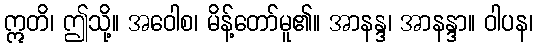
ဣတိ၊ ဤသို့။ အဝေါစ၊ မိန့်တော်မူ၏။ အာနန္ဒ၊ အာနန္ဒာ။ ဝါပန၊